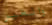
والغير